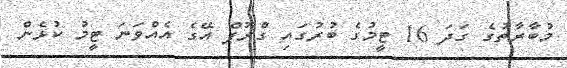
މުބާރާތުގެ ގަދަ 16 ޓީމުގެ ބުރުގައި ގްރޫޕް އޭގެ އެއްވަނަ ޓީމު ކުޅެން